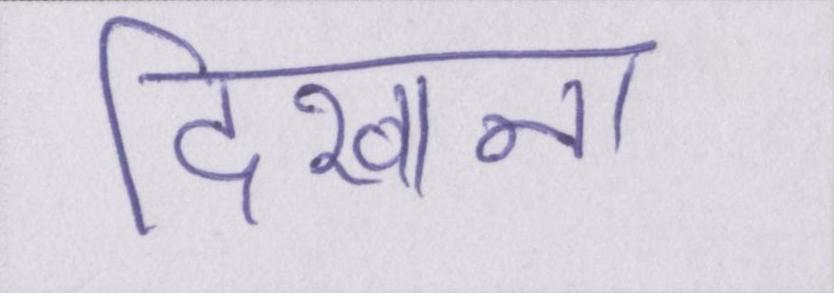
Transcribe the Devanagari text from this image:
दिखाना